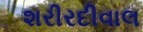
શરીરદીવાલ